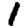
Digit: 1